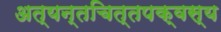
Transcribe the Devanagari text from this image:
अत्यन्तचित्तपक्वस्य